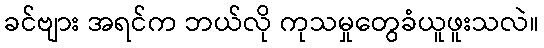
ခင်ဗျား အရင်က ဘယ်လို ကုသမှုတွေခံယူဖူးသလဲ။